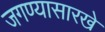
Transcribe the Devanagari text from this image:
जगण्यासारखे